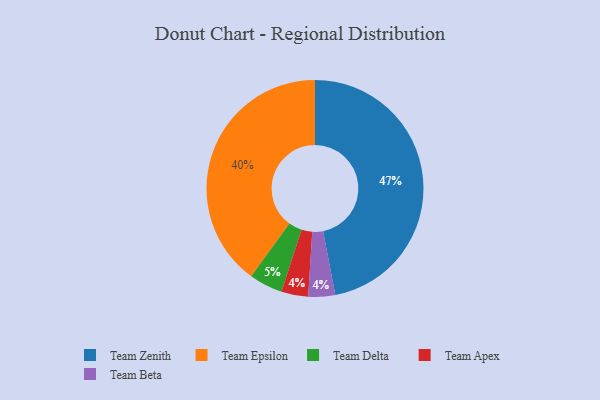
{"axis": {"x": "Category", "y": "Percentage"}, "legend": ["Team Apex", "Team Beta", "Team Delta", "Team Epsilon", "Team Zenith"], "data": [{"x": "Team Epsilon", "y": 40, "type": "Team Epsilon"}, {"x": "Team Delta", "y": 5, "type": "Team Delta"}, {"x": "Team Apex", "y": 4, "type": "Team Apex"}, {"x": "Team Zenith", "y": 47, "type": "Team Zenith"}, {"x": "Team Beta", "y": 4, "type": "Team Beta"}]}